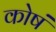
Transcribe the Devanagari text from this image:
कोषं